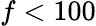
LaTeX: f<100